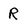
Character: R